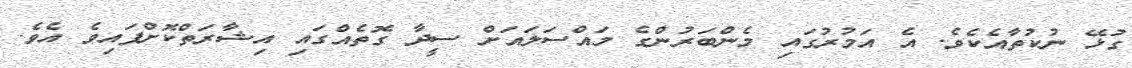
ގުޅޭ ނުކުތާއެކެވެ. އެ އަމުރުގައި މެންބަރުންގެ މައްސަލައަށް ސީދާ ގޮތެއްގައި އިޝާރަތްކޮށްފައިވެ އެވެ.